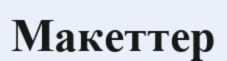
Макеттер